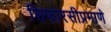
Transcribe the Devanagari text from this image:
शिफारसीप्रमाणे